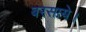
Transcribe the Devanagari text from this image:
बरसाये।